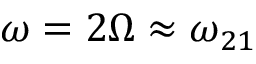
\omega = 2 \Omega \approx \omega _ { 2 1 }